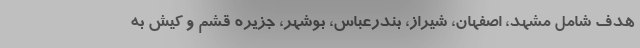
هدف شامل مشهد، اصفهان، شیراز، بندرعباس، بوشهر، جزیره قشم و کیش به